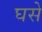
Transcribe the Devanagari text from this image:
घसे